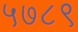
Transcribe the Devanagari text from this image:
५७८९